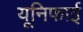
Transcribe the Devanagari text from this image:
यूनिफाई